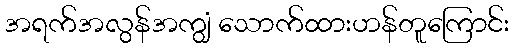
အရက်အလွန်အကျွံ သောက်ထားဟန်တူကြောင်း